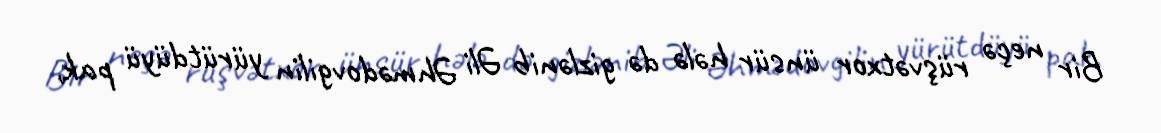
Bir neçə rüşvətxor ünsür hələ də gizlənib Əli Əhmədovgilin yürütdüyü pak,